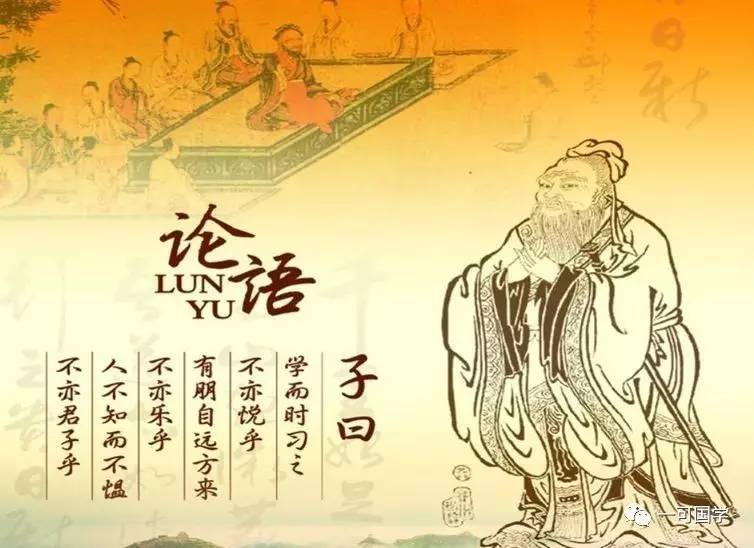
可与言而不与之言，失人不可与言而与之言，失言。知者不失人亦不失言。